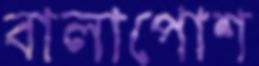
বালাপোশ